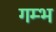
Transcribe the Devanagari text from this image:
गम्भ